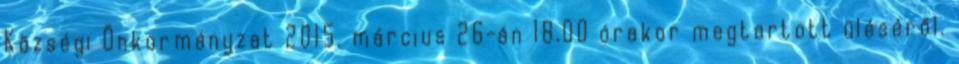
Községi Önkormányzat 2015. március 26-án 18.00 órakor megtartott üléséről.